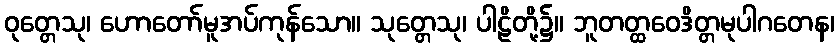
ဝုတ္တေသု၊ ဟောတော်မူအပ်ကုန်သော။ သုတ္တေသု၊ ပါဠိတို့၌။ ဘူတတ္ထဝေဒိတ္တမုပါဂတေန၊